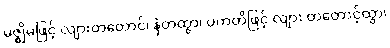
မဇ္ဈိမဖြင့် လျားတတောင်၊ နံတထွာ၊ ပကတိဖြင့် လျား တတောင့်ထွာ၊